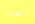
اخد